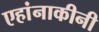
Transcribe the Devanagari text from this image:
एहांनाकीनी